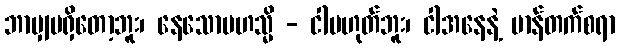
ဘာမျှမရှိတော့ဘူး၊ နေသောမဟသ္မိ - ငါမဟုတ်ဘူး၊ ငါအနေနဲ့ မာန်တက်စရာ